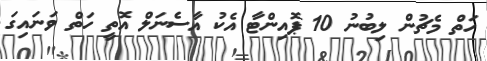
ހަތް މެޗުން ލިބުނު 10 ޕޮއިންޓާ އެކު އާސެނަލް އޮތީ ހަތް ވަނައިގަ